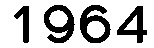
1964